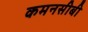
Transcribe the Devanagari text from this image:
कमनसीबी